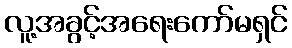
လူ့အခွင့်အရေးကော်မရှင်